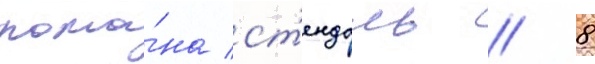
рома́на ст'ендаль // 8